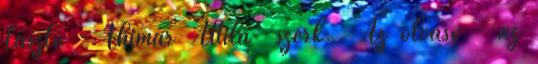
László - Thimár Attila szerk. Az olvasó - az